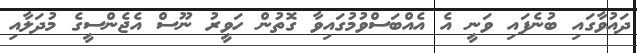
ދައުވާގައި ބުނެފައި ވަނީ އެ އެއްބަސްވުމުގައިވާ ގޮތުން ހަވީރު ނޫސް އެޖެންސީގެ މުދަލާއި